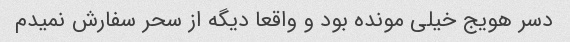
دسر هویج خیلی مونده بود و واقعا دیگه از سحر سفارش نمیدم